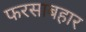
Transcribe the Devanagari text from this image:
फरसाबहार